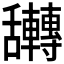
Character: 𮎀